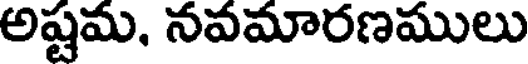
అష్టమ, నవమారణములు